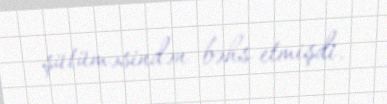
şütüməsindən bəhs etmişdi.